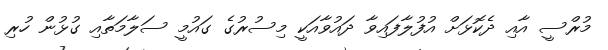
މުރްސީ އާއި ދެކޮޅަށް އުފުލާފައިވާ ދައުވާއަކީ މިސުރުގެ ގައުމީ ސަލާމަތާއި ގުޅުން ހުރި